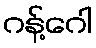
ဂန့်ဂေါ